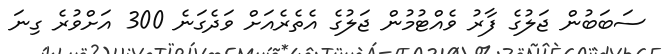
ސަބަބުން ޖަލުގެ ފާރު ވެއްޓުމުން ޖަލުގެ އެތެރެއަށް ވަދެގަނެ 300 އަށްވުރެ ގިނަ